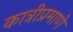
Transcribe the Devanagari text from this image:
कात्रीप्रमाणे